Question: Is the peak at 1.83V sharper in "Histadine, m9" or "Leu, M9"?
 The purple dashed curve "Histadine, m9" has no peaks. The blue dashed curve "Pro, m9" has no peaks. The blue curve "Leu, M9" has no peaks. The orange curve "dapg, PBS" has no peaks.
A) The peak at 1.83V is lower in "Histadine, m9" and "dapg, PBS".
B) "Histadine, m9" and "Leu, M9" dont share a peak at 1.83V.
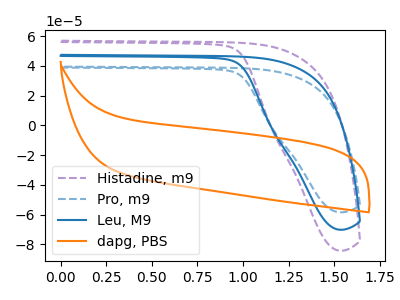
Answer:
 <answer>B) "Histadine, m9" and "Leu, M9" dont share a peak at 1.83V.</answer>
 <eval>B</eval>